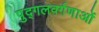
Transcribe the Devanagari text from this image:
पुद्गलवर्गणाओं